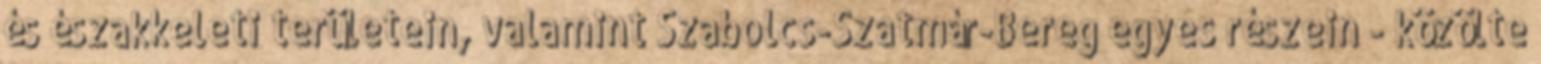
és északkeleti területein, valamint Szabolcs-Szatmár-Bereg egyes részein - közölte